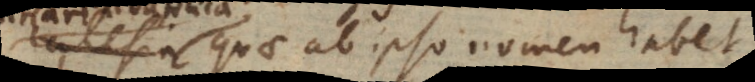
quae ab ipso nomen habet,